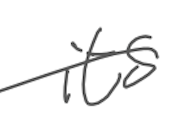
Text: its
Cross-out: single-line
Writing tool: digital_gray